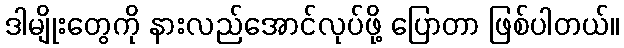
ဒါမျိုးတွေကို နားလည်အောင်လုပ်ဖို့ ပြောတာ ဖြစ်ပါတယ်။